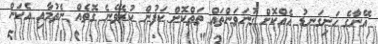
އޭނާގެ ހަށިގަނޑު އެއްކޮށް ގުނަވަންތައް ތަތްކޮށް ކަފުން ކުރެވޭނެ ގޮތެއް ނެތުމާއި އެކަން